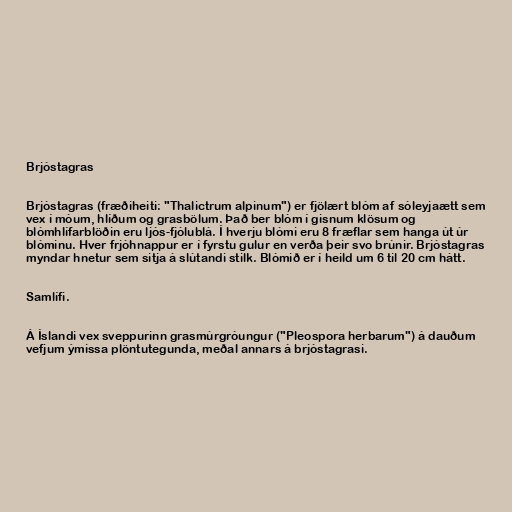
Brjóstagras

Brjóstagras (fræðiheiti: "Thalictrum alpinum") er fjölært blóm af sóleyjaætt sem
vex í móum, hlíðum og grasbölum. Það ber blóm í gisnum klösum og
blómhlífarblöðin eru ljós-fjólublá. Í hverju blómi eru 8 fræflar sem hanga út úr
blóminu. Hver frjóhnappur er í fyrstu gulur en verða þeir svo brúnir. Brjóstagras
myndar hnetur sem sitja á slútandi stilk. Blómið er í heild um 6 til 20 cm hátt.

Samlífi.

Á Íslandi vex sveppurinn grasmúrgróungur ("Pleospora herbarum") á dauðum
vefjum ýmissa plöntutegunda, meðal annars á brjóstagrasi.